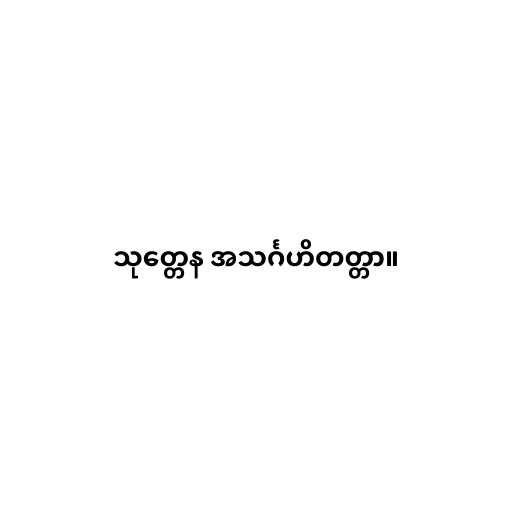
သုတ္တေန အသင်္ဂဟိတတ္တာ။